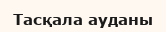
Тасқала ауданы